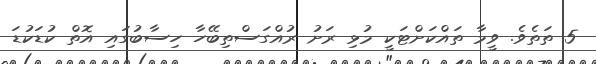
5 ތަތެވެ. ވީމާ ތައްކަށްޓަކީ މުޅި ރަށު ރުއްގަސްތިބޭހާ ހިސާބުގައި އޮތް ކުޑަކުޑަ